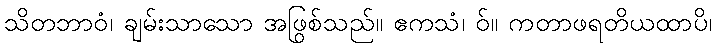
သိတဘာဝံ၊ ချမ်းသာသော အဖြစ်သည်။ ဧကသံ၊ ဝ်။ ကတွာဖရတိယထာပိ၊